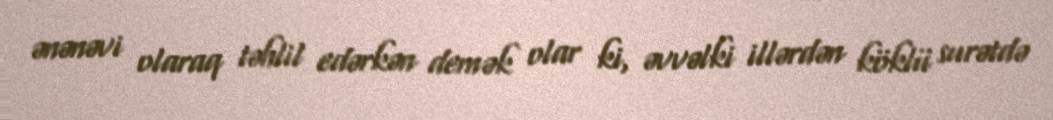
ənənəvi olaraq təhlil edərkən demək olar ki, əvvəlki illərdən köklü surətdə